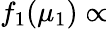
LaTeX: f_{1}(\mu_{1})\propto